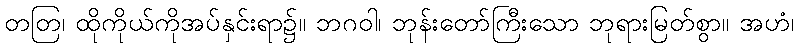
တတြ၊ ထိုကိုယ်ကိုအပ်နှင်းရာ၌။ ဘဂဝါ၊ ဘုန်းတော်ကြီးသော ဘုရားမြတ်စွာ။ အဟံ၊